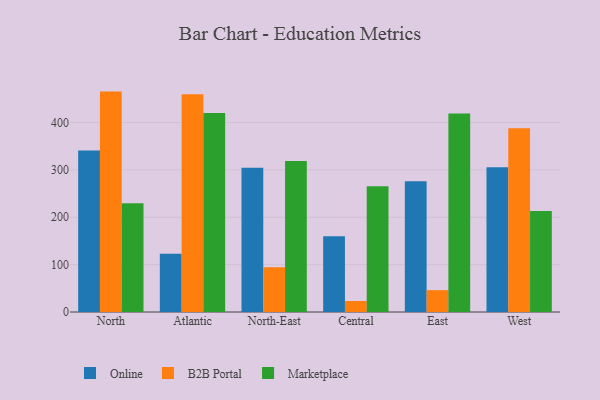
{"axis": {"x": "Region", "y": "Net Income (USD K)"}, "legend": ["B2B Portal", "Marketplace", "Online"], "data": [{"x": "North", "y": 341.2, "type": "Online"}, {"x": "North", "y": 465.4, "type": "B2B Portal"}, {"x": "North", "y": 229.5, "type": "Marketplace"}, {"x": "Atlantic", "y": 123.1, "type": "Online"}, {"x": "Atlantic", "y": 459.6, "type": "B2B Portal"}, {"x": "Atlantic", "y": 420.3, "type": "Marketplace"}, {"x": "North-East", "y": 304.7, "type": "Online"}, {"x": "North-East", "y": 94.7, "type": "B2B Portal"}, {"x": "North-East", "y": 319.1, "type": "Marketplace"}, {"x": "Central", "y": 160.2, "type": "Online"}, {"x": "Central", "y": 23.2, "type": "B2B Portal"}, {"x": "Central", "y": 265.3, "type": "Marketplace"}, {"x": "East", "y": 276.2, "type": "Online"}, {"x": "East", "y": 46.2, "type": "B2B Portal"}, {"x": "East", "y": 418.9, "type": "Marketplace"}, {"x": "West", "y": 305.6, "type": "Online"}, {"x": "West", "y": 388.2, "type": "B2B Portal"}, {"x": "West", "y": 213.5, "type": "Marketplace"}]}